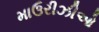
માઉરીઝીઓ